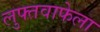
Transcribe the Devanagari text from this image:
लुफ्तवाफेला